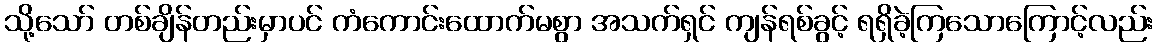
သို့သော် တစ်ချိန်တည်းမှာပင် ကံကောင်းထောက်မစွာ အသက်ရှင် ကျန်ရစ်ခွင့် ရရှိခဲ့ကြသောကြောင့်လည်း